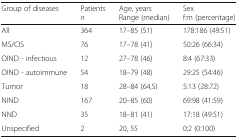
| Group of diseases | Patientsn | Age, yearsRange (median) | Sexf:m (percentage) |
 | --- | --- | --- | --- |
 | All | 364 | 17–85 (51) | 178:186 (49:51) |
 | MS/CIS | 76 | 17–78 (41) | 50:26 (66:34) |
 | OIND - infectious | 12 | 27–78 (46) | 8:4 (67:33) |
 | OIND - autoimmune | 54 | 18–79 (48) | 29:25 (54:46) |
 | Tumor | 18 | 28–84 (64,5) | 5:13 (28:72) |
 | NIND | 167 | 20–85 (60) | 69:98 (41:59) |
 | NND | 35 | 18–81 (41) | 17:18 (49:51) |
 | Unspecified | 2 | 20, 55 | 0:2 (0:100) |